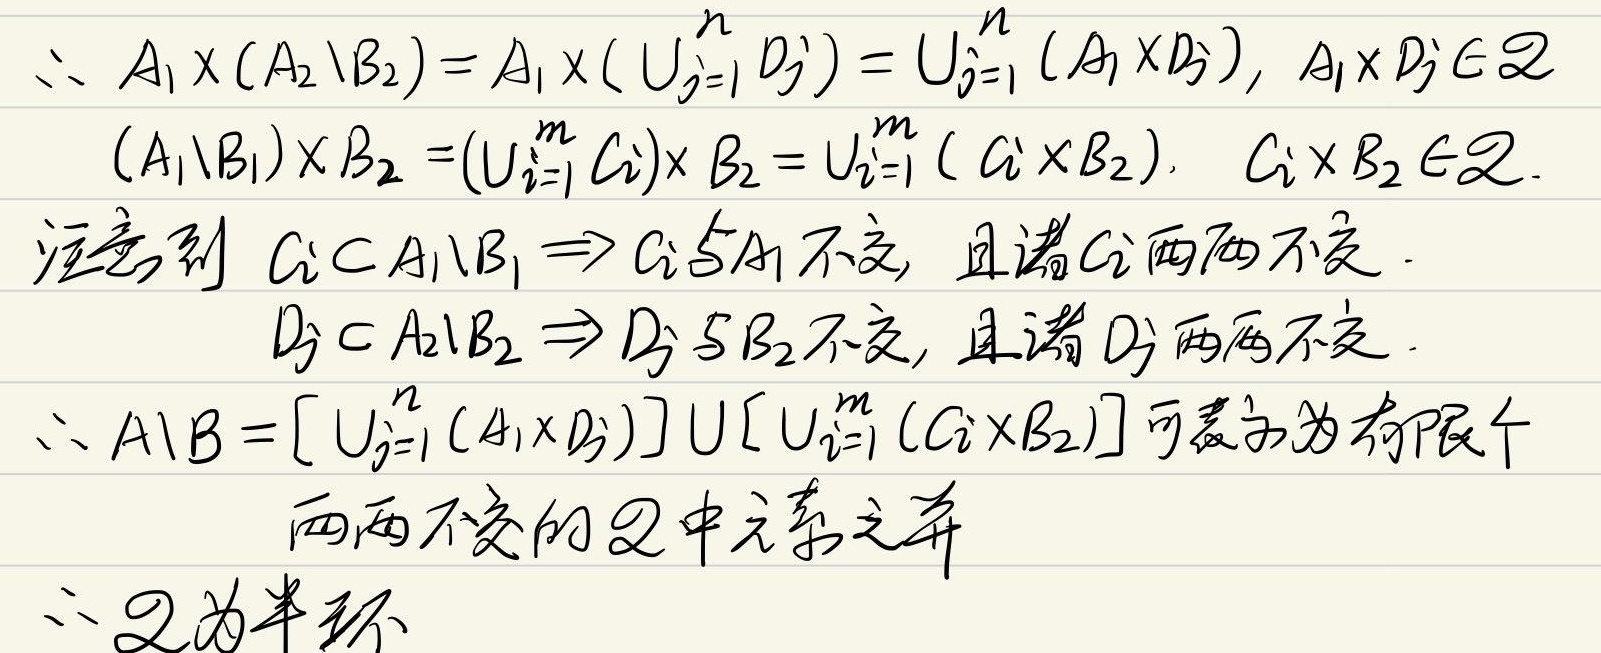
\(\therefore A_{1}\times(A_{2}\setminus B_{2}) = A_{1}\times(\bigcup_{j = 1}^{n} D^{j})=\bigcup_{j = 1}^{n}(A_{1}\times D^{j}),A_{1}\times D^{j}\in \mathfrak{Q}\)
\((A_{1}\setminus B_{1})\times B_{2}=(\bigcup_{i = 1}^{m} C^{i})\times B_{2}=\bigcup_{i = 1}^{m}(C^{i}\times B_{2}).\ C^{i}\times B_{2}\in \mathfrak{Q}.\)
注意到 \(C^{i}\subset A_{1}\setminus B_{1}\Rightarrow C^{i}\)与\(A_{1}\)不交，且诸\(C^{i}\)两两不交.
\(D^{j}\subset A_{2}\setminus B_{2}\Rightarrow D^{j}\)与\(B_{2}\)不交，且诸\(D^{j}\)两两不交.
\(\therefore A\setminus B=[\bigcup_{j = 1}^{n}(A_{1}\times D^{j})]\cup[\bigcup_{i = 1}^{m}(C^{i}\times B_{2})]\)可表示为有限个
两两不交的\(\mathfrak{Q}\)中元素之并
\(\therefore \mathfrak{Q}\)为半环